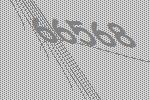
66568